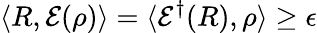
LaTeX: \langle R,{\mathcal{E}}(\rho)\rangle=\langle{\mathcal{E}}^{\dagger}(R),\rho\rangle\geq\epsilon